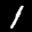
Label: 1